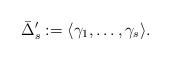
LaTeX: \begin{align*}\bar\Delta'_s:=\langle\gamma_1,\ldots,\gamma_s\rangle.\end{align*}